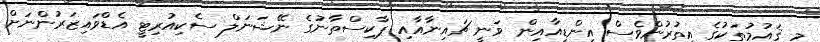
މި ޤައުމުތަކުގެ އިތުރުންވެސް އިންޑިއާއިން ވަނީ ޗައިނާއާއި ޕާކިސްތާނުގެ ނޭޝަނަލް ސެކިއުރިޓީ އެޑްވައިޒަރުންނަށް